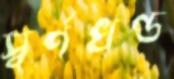
স্বর্ণখণ্ড